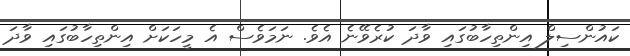
ކައުންސިލް އިންތިހާބުގައި ވާދަ ކުރެވޭނެ އެވެ. ނަމަވެސް އެ މީހަކަށް އިންތިހާބުގައި ވާދަ